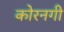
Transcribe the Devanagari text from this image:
कोरनगी